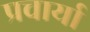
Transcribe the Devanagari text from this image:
प्रचार्या